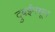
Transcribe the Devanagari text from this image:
दुबईमधून